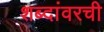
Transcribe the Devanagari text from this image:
शब्दांवरची